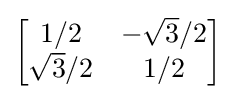
{\begin{bmatrix}{1/2}&-{{\sqrt {3}}/2}\\{{\sqrt {3}}/2}&{1/2}\end{bmatrix}}